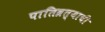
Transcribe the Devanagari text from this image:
पातिव्रत्याची